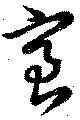
室